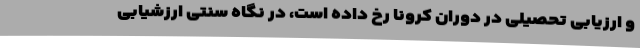
و ارزیابی تحصیلی در دوران کرونا رخ داده است، در نگاه سنتی ارزشیابی